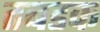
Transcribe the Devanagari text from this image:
तबडक